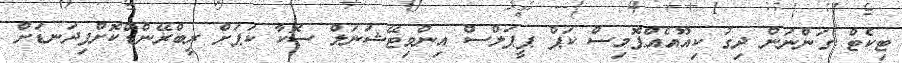
ޓިކެޓް ގަންނަން ދިގު ކިއޫއެއްޕޮމިސް ކަޕް ޕީޕަލްސް އިންވިޓޭޝަނަލް ސޮކާ ކަޕަށް ރީބްރޭންޑްކޮށްފިދަނޑަށް